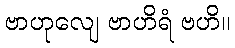
ဗာဟုလျေ ဗာဟိရံ ဗဟိ။